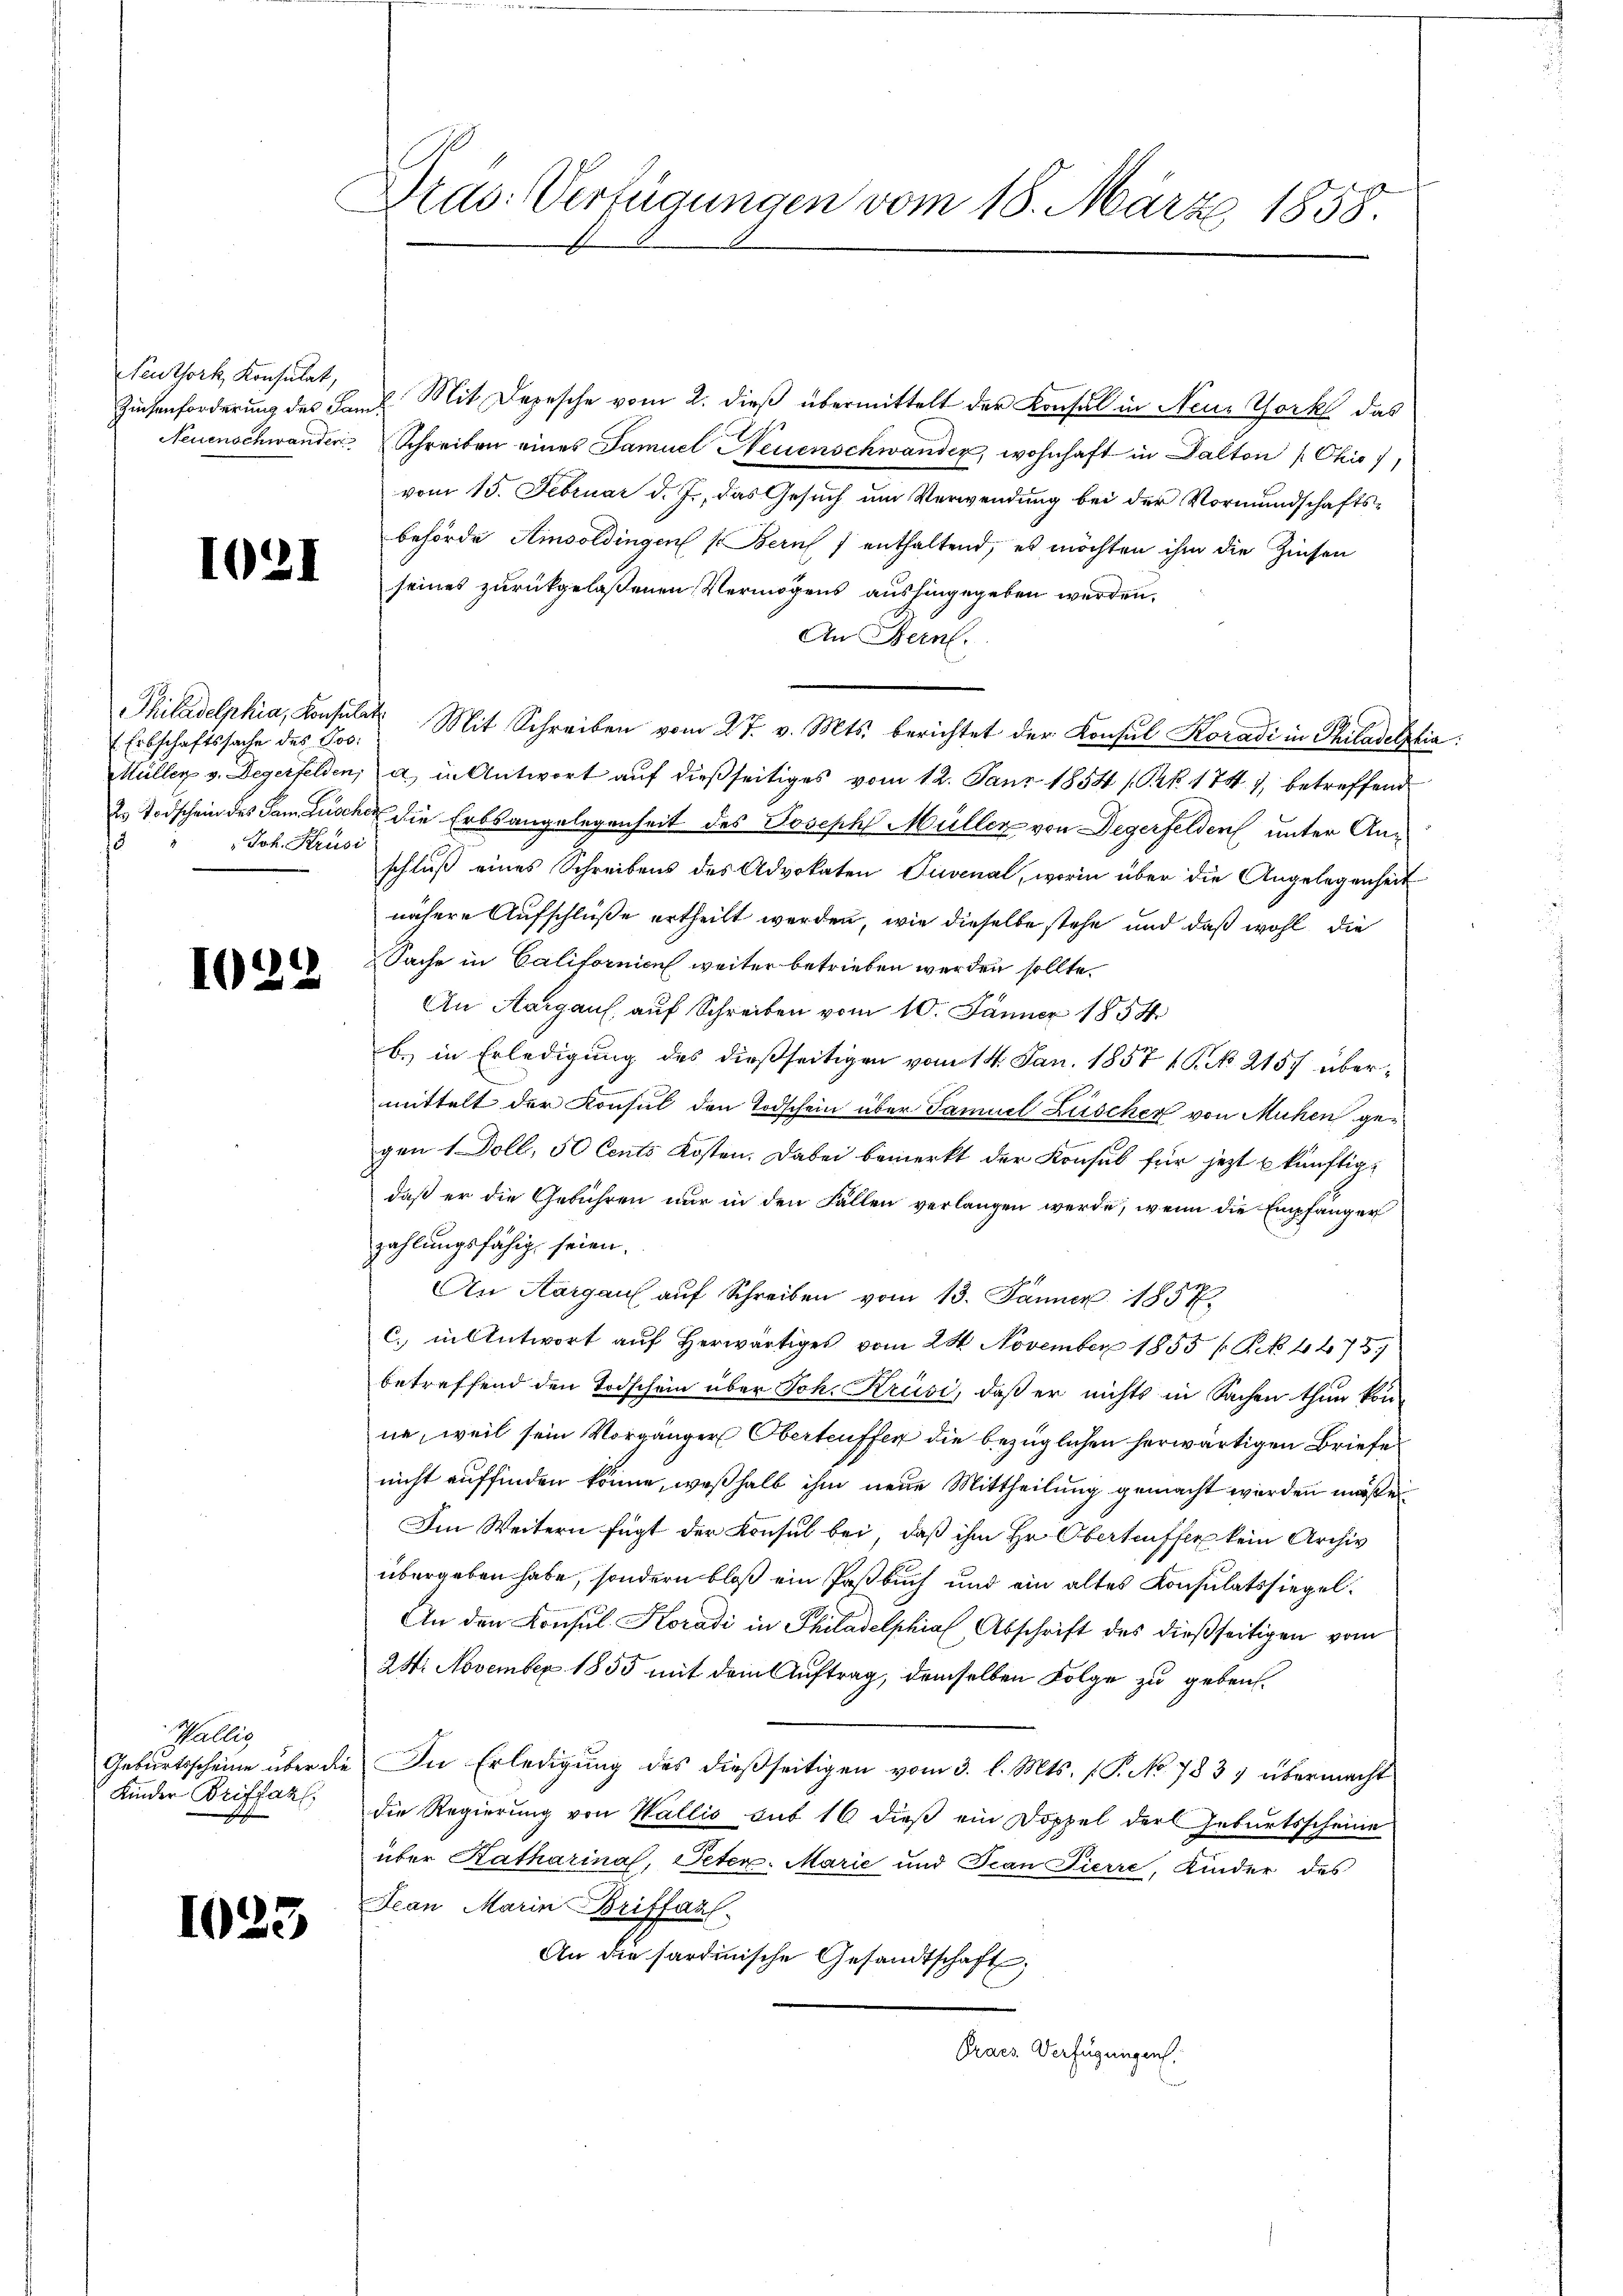
Feuthork, Konsulat,
Neuenschwander

1021

Erbschaftssache des Pos
Müller v. Degerfelden,
2. Todschein des Sam Zusch
Joh. Krusi
15

1022

Wallis
Geburtsscheine über die
Kinder Briffahl,

1023

Mad: Verfügungen vom 18. März 1858.

Züchenforderung des Kaml Mit Depesche vom 2. dieß übermittelt der Konsul in Neue York das
Schreiben eines Famuel Neuenschwander, wohnhaft in Dalton (Chis),
vom 15. Februar d. J., das Gesuch um Verwendung bei der Vormundschaftsbehörde Hinsoldingen Bern f enthaltend, es möchten ihm die Zinsen
seines zurückgelaßenen Vermögens aushingegeben werden.
An Bern.
Philadelphia, Konsulat Mit Schreiben vom 27. v. Mts. berichtet der Konsul Koradi in Philadelphia
a in Antwort auf dießseitiges vom 12. Janr 1854 /Prk. 1747, betreffend
ac die Erbsangelegenheit des Joseph Müller von Degerfelden unter Anschluß eines Schreibens des Advokaten Puvenal, worin über die Angelegenheit
nähere Aufschluße ertheilt werden, wie dieselbe stehe und daß wohl die
Sache in Californicus weiter betrieben werden sollte.
An Aargaus, auf Schreiben vom 10. Jänner 1854
b.) in Erledigung des dießseitigen vom 14. Jan. 1857 16. No. 2157 übermittelt der Konsul den Todschein über Samuel Lüscher von Mühen gegen 1 Doll, 50 Cents Kosten. Dabei bemerkt der Konsul für jezt künftigdaß er die Gebühren nur in den Fällen verlangen werde, wenn die Empfanger
zahlungsfähig seien.
An Aargau auf Schreiben vom 13. Jänner 1857.
c. in Antwort aŭf herwärtiges vom 24. November 1855 (PNNo. 4675)
betreffend den Todschein über Joh. Krusi, daß er nichts in Sachen thun konne, weil sein Vorgänger Oberteuffer die bezüglichen herwärtigen Briefe
nicht auffinden könne, weßhalb ihm neue Mittheilung gemacht werden müße
Im Weitern fügt der Konsul bei, daß ihm Hr. Obertriffer kein Archiv
übergeben habe, sondern bloß ein Postbuch und ein altes Konsulatssiegel.
An den Konsul Koradi in Philadelphia, Abschrift des dießseitigen vom
24. November 1855 mit dem Auftrag, demselben Folge zu geben.
In Erledigung des dießseitigen vom 3. l. Mts. f. P. No. 783 & übermacht
die Regierung von Wallis sub 16 dieß ein Doppel der Geburtsscheine
über Katharina, Peter. Marie und Jean Pierre, Kinder des
Jean Marin Briffaal.
An die sardinische Gesandtschaft;
Praes. Verfügungen.